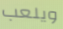
ويلعب